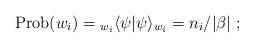
LaTeX: \begin{align*}{\rm Prob}(w_i)= {}_{w_i}\langle\psi|\psi\rangle_{w_i}= {n_i/|\beta|}~;\end{align*}